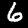
Label: 6